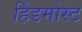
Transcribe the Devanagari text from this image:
हिंडमोस्ट